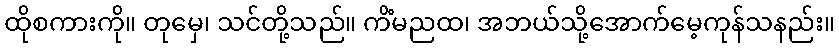
ထိုစကားကို။ တုမှေ၊ သင်တို့သည်။ ကိံမညထ၊ အဘယ်သို့အောက်မေ့ကုန်သနည်း။